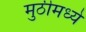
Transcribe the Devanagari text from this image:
मुठीमध्ये